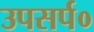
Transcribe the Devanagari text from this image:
उपसर्प०